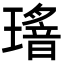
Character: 𤪅